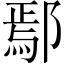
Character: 鄢